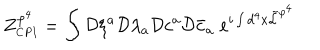
LaTeX: \displaystyle Z _ { \scriptscriptstyle C P I } ^ { \varphi ^ { 4 } } = \int { \cal { D } } \xi ^ { a } { \cal { D } } \lambda _ { a } { \cal { D } } c ^ { a } { \cal { D } } \bar { c } _ { a } \; e ^ { i \int d ^ { 4 } x \tilde { \cal { L } } ^ { \varphi ^ { 4 } } }